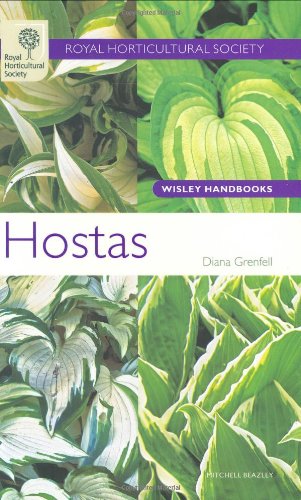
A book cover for Hostas (Wisley Handbooks); Diana Grenfell; Crafts, Hobbies & Home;